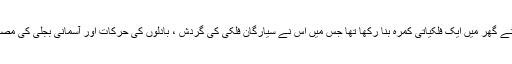
ہوائی جہاز کے موجد عباس بن فرناس نے اپنے گھر میں ایک فلکیاتی کمرہ بنا رکھا تھا جس میں اُس نے سیارگانِ فلکی کی گردِش ، بادلوں کی حرکات اور آسمانی بجلی کی مصنوعی گرج چمک کا اِنتظام بھی کر رکھا تھا۔